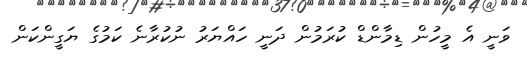
ވަނީ އެ މީހުން ޑިމާންޑް ކުރަމުން ދަނީ ހައްޔަރު ނުކުރާނެ ކަމުގެ ޔަގީންކަން